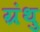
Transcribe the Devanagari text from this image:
ग्रंथु